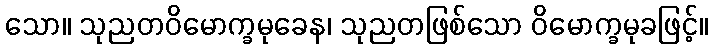
သော။ သုညတဝိမောက္ခမုခေန၊ သုညတဖြစ်သော ဝိမောက္ခမုခဖြင့်။